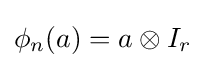
\phi _{n}(a)=a\otimes I_{r}